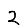
Digit: 2